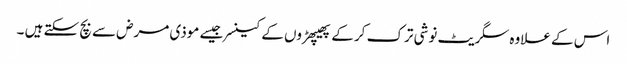
اس کے علاوہ سگریٹ نوشی ترک کر کے پھیپھڑوں کے کینسر جیسے موذی مرض سے بچ سکتے ہیں ۔